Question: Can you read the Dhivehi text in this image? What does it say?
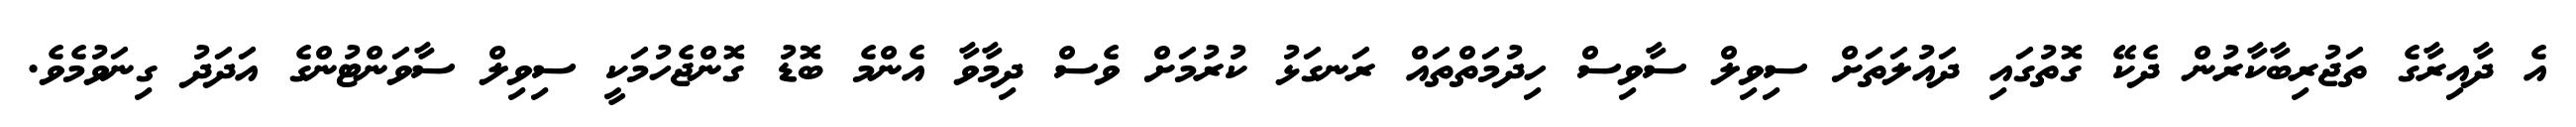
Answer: އެ ދާއިރާގެ ތަޖުރިބާކާރުން ދެކޭ ގޮތުގައި ދައުލަތަށް ސިވިލް ސާވިސް ހިދުމަތްތައް ރަނގަޅު ކުރުމަށް ވެސް ދިމާވާ އެންމެ ބޮޑު ގޮންޖެހުމަކީ ސިވިލް ސާވަންޓުންގެ އަދަދު ގިނަވުމެވެ.